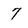
Character: 7